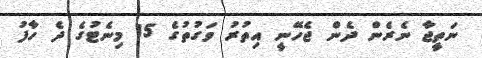
ނަތީޖާ ނެރެން ދެން ޖެހޭނީ އިތުރު ވަގުތުގެ 15 މިނެޓުގެ ދެ ހާފު